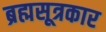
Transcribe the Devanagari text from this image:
ब्रह्मसूत्रकार